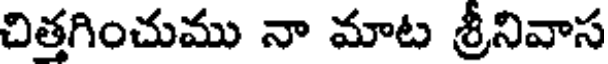
చిత్తగించుము నా మాట శ్రీనివాస